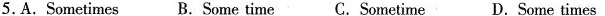
5. A. Sometimes B.Some time C.Sometime D.Some times